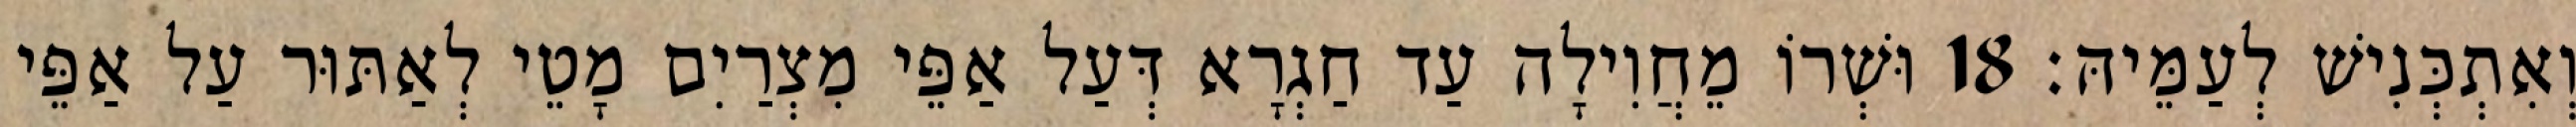
וְאִתְכְּנִישׁ לְעַמֵּיהּ׃ 18 וּשְׁרוֹ מֵחֲוִילָה עַד חַגְרָא דְּעַל אַפֵּי מִצְרַיִם מָטֵי לְאַתּוּר עַל אַפֵּי